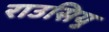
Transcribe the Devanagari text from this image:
राउसियु